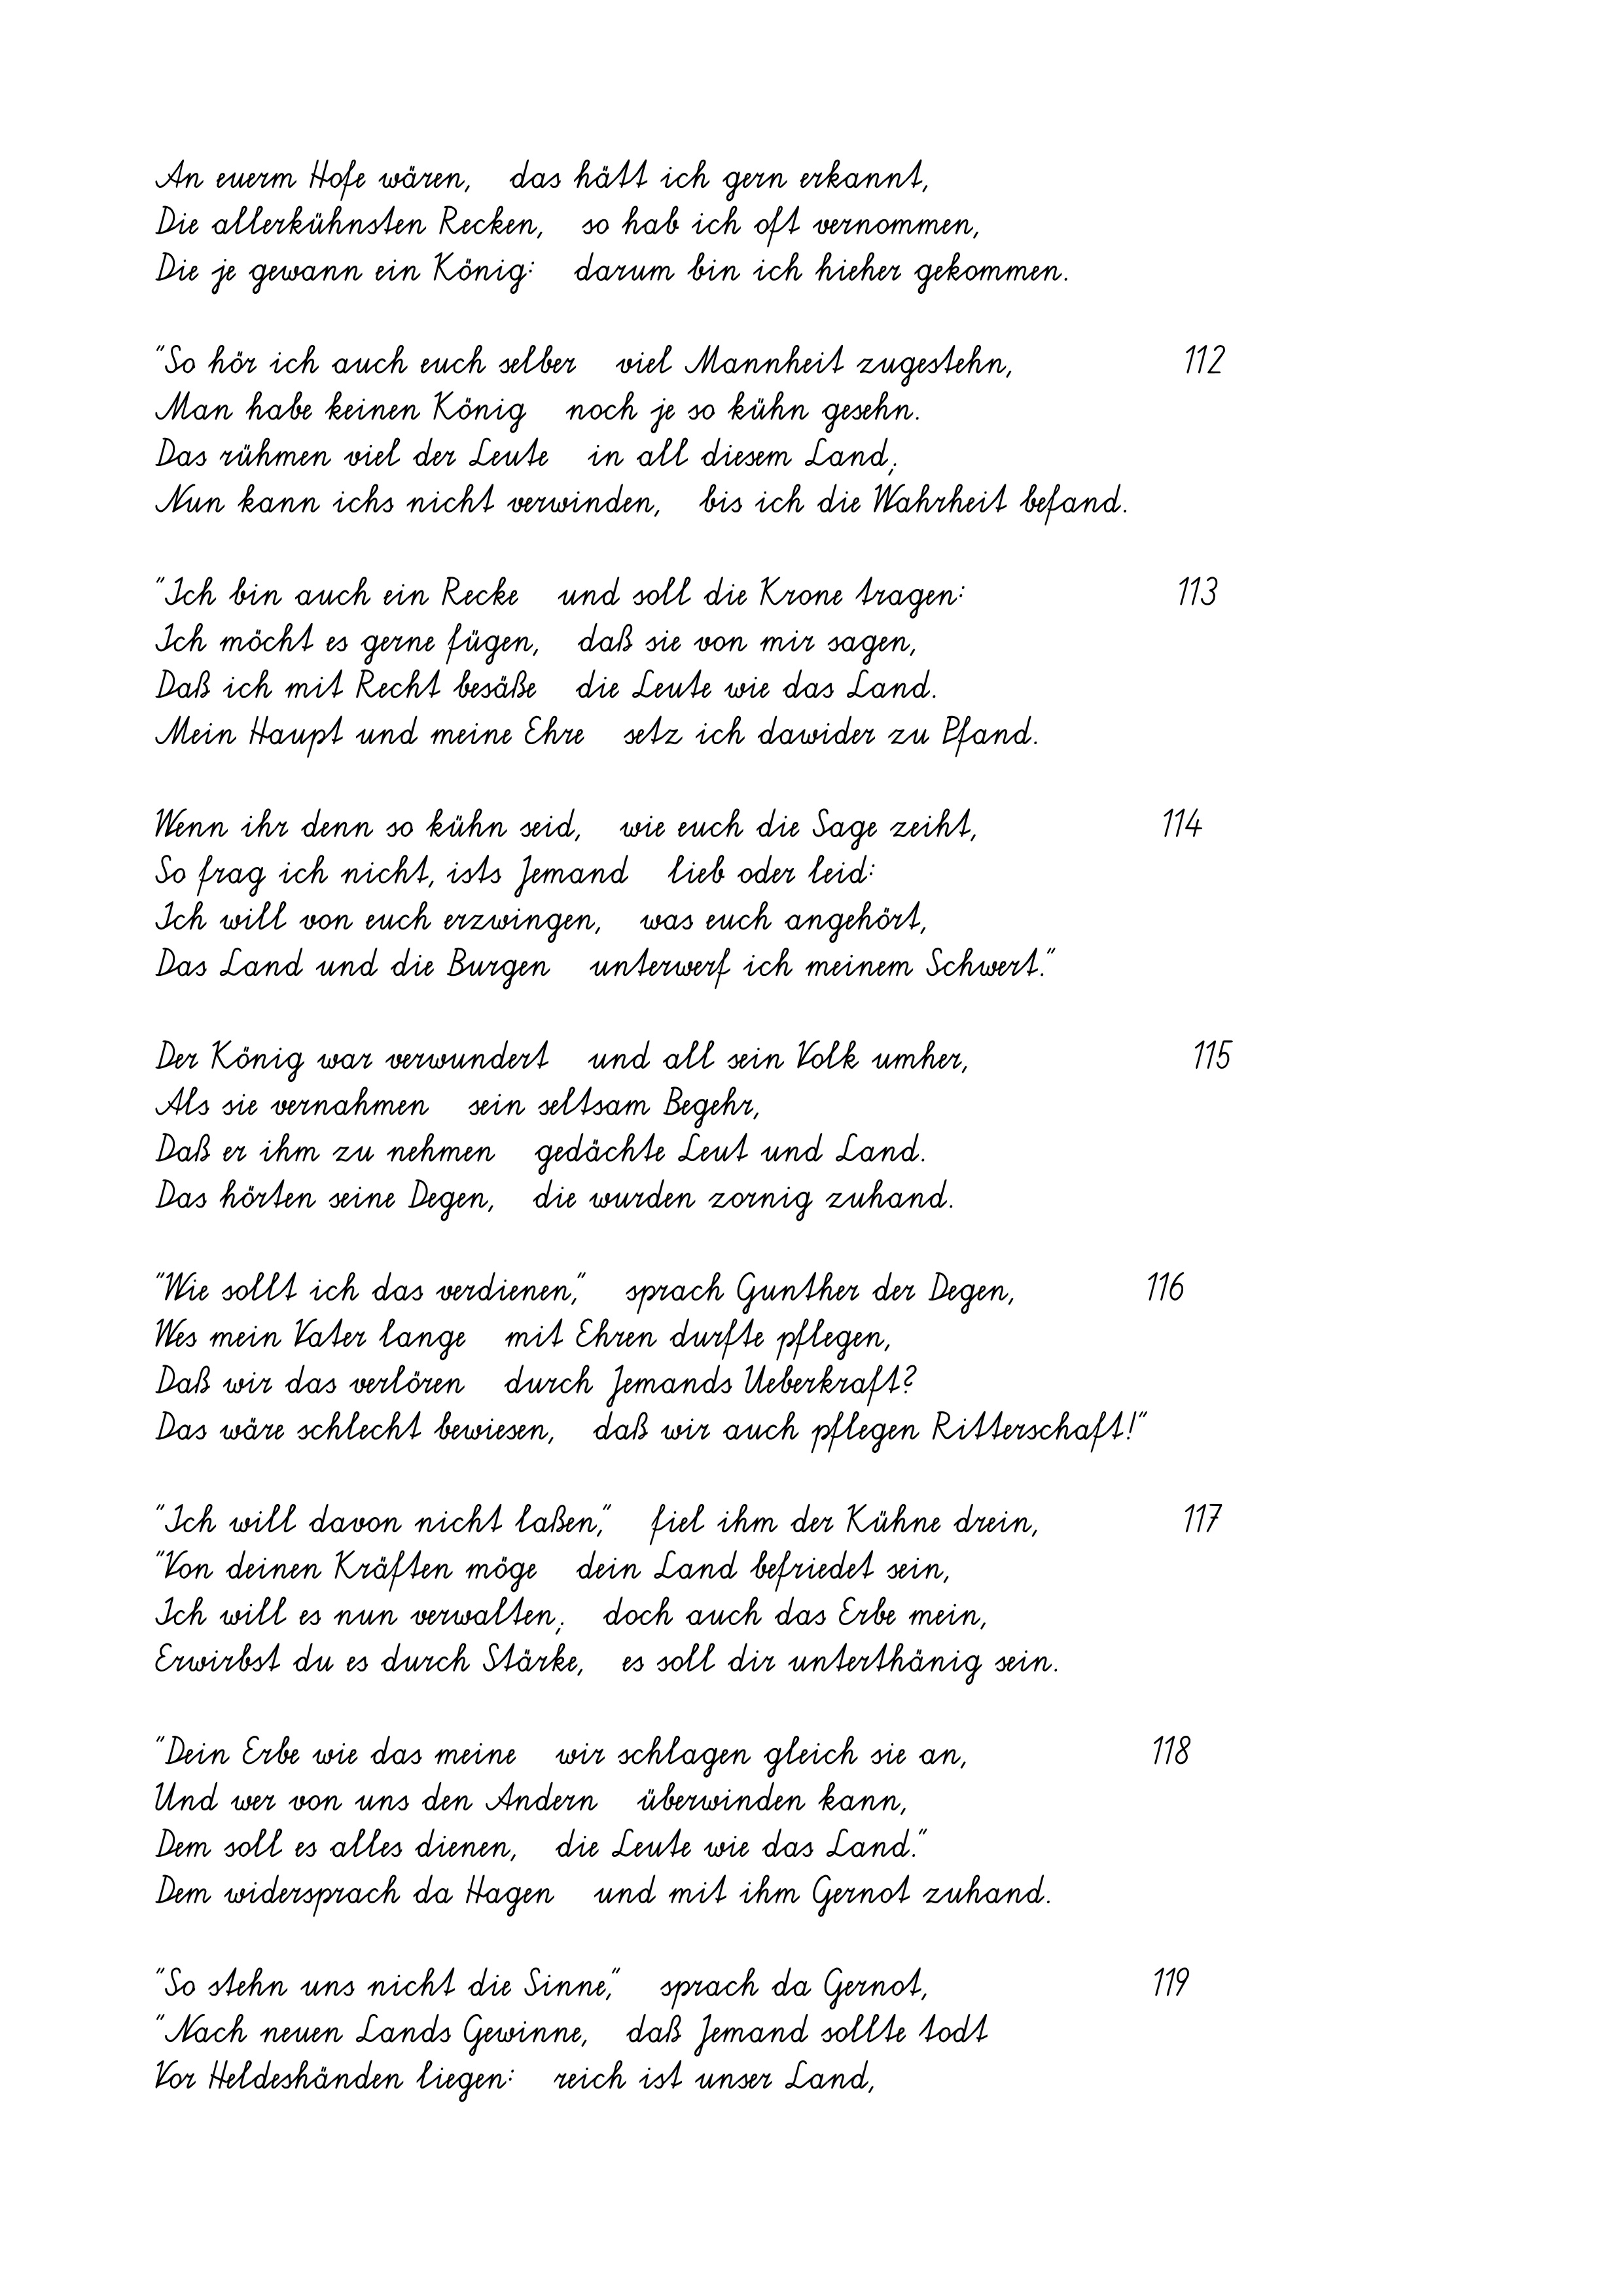
An euerm Hofe wären,   das hätt ich gern erkannt,
Die allerkühnsten Recken,   so hab ich oft vernommen,
Die je gewann ein König:   darum bin ich hieher gekommen.
"So hör ich auch euch selber   viel Mannheit zugestehn,
Man habe keinen König   noch je so kühn gesehn.
Das rühmen viel der Leute   in all diesem Land;
Nun kann ichs nicht verwinden,   bis ich die Wahrheit befand.
"Ich bin auch ein Recke   und soll die Krone tragen:
Ich möcht es gerne fügen,   daß sie von mir sagen,
Daß ich mit Recht besäße   die Leute wie das Land.
Mein Haupt und meine Ehre   setz ich dawider zu Pfand.
Wenn ihr denn so kühn seid,   wie euch die Sage zeiht,
So frag ich nicht, ists Jemand   lieb oder leid:
Ich will von euch erzwingen,   was euch angehört,
Das Land und die Burgen   unterwerf ich meinem Schwert."
Der König war verwundert   und all sein Volk umher,
Als sie vernahmen   sein seltsam Begehr,
Daß er ihm zu nehmen   gedächte Leut und Land.
Das hörten seine Degen,   die wurden zornig zuhand.
"Wie sollt ich das verdienen,"   sprach Gunther der Degen,
Wes mein Vater lange   mit Ehren durfte pflegen,
Daß wir das verlören   durch Jemands Ueberkraft?
Das wäre schlecht bewiesen,   daß wir auch pflegen Ritterschaft!"
"Ich will davon nicht laßen,"   fiel ihm der Kühne drein,
"Von deinen Kräften möge   dein Land befriedet sein,
Ich will es nun verwalten;   doch auch das Erbe mein,
Erwirbst du es durch Stärke,   es soll dir unterthänig sein.
"Dein Erbe wie das meine   wir schlagen gleich sie an,
Und wer von uns den Andern   überwinden kann,
Dem soll es alles dienen,   die Leute wie das Land."
Dem widersprach da Hagen   und mit ihm Gernot zuhand.
"So stehn uns nicht die Sinne,"   sprach da Gernot,
"Nach neuen Lands Gewinne,   daß Jemand sollte todt
Vor Heldeshänden liegen:   reich ist unser Land,

116

118
119

113
114

117

115